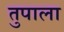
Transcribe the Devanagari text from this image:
तुपाला